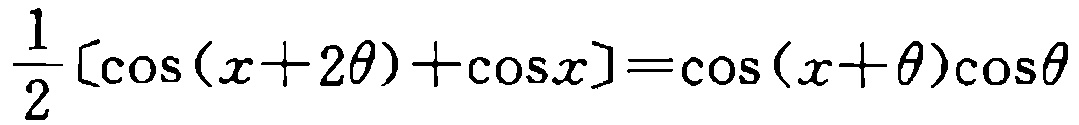
$\frac{1}{2}[\cos(x + 2\theta)+\cos x]=\cos(x + \theta)\cos\theta$